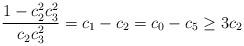
LaTeX: \begin{align*}\frac{1- c_2^2c_3^2}{c_2c_3^2}= c_1- c_2= c_0- c_5\geq 3c_2 \end{align*}